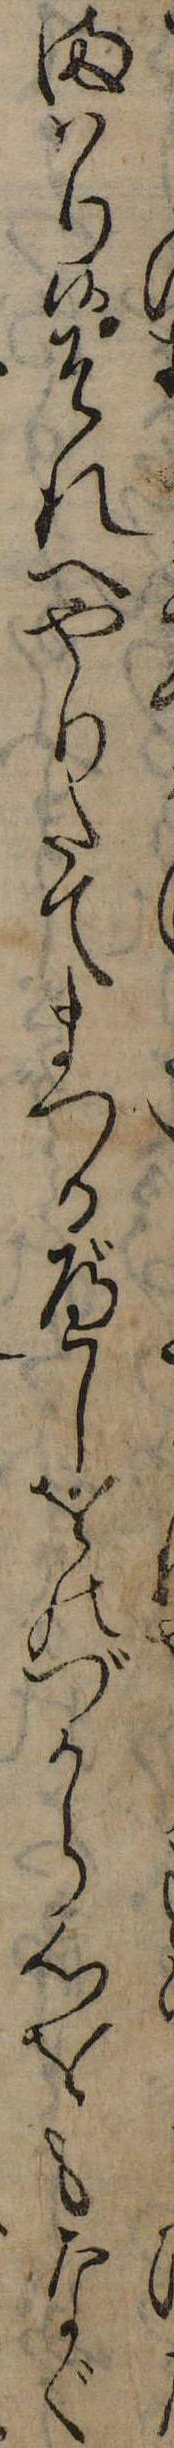
まはり候それへやりたてまつるべしをのづから心をもなぐ